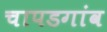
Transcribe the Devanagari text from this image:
चापडगांव